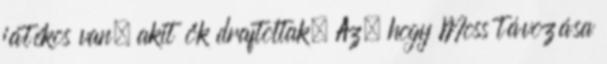
játékos van, akit ők draftoltak. Az, hogy Moss távozása